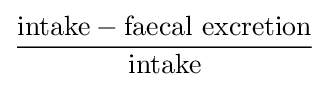
{\frac {{\text{intake}}-{\text{faecal excretion}}}{\text{intake}}}